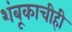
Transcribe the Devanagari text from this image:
शंबूकाचीही